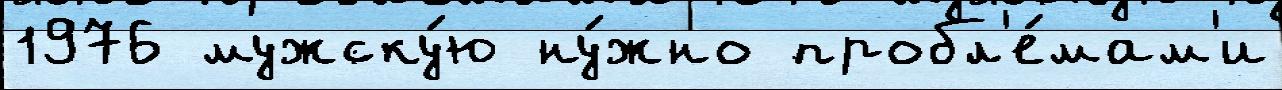
1976 мужску́ю ну́жно пробл'е́мам'и